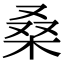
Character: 桑